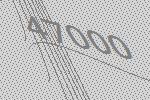
47000